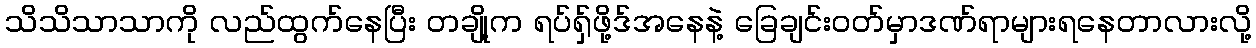
သိသိသာသာကို လည်ထွက်နေပြီး တချို့က ရပ်ရှ်ဖို့ဒ်အနေနဲ့ ခြေချင်းဝတ်မှာဒဏ်ရာများရနေတာလားလို့